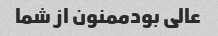
عالی بودممنون از شما